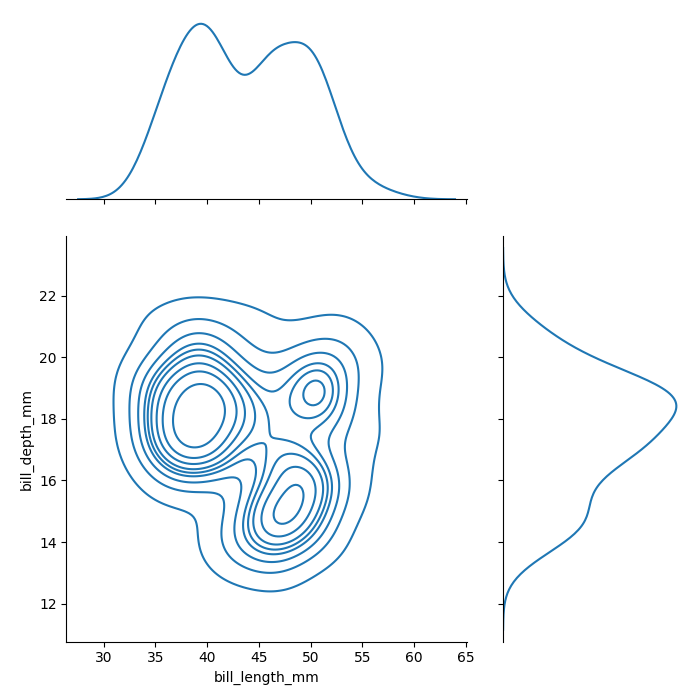
python, seaborn, jointplot, kind='kde', height='7', ratio='2', marginal_ticks='False'